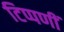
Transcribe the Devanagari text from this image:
टिप्पणीं